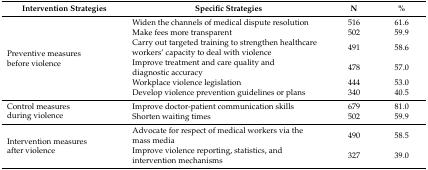
<table><thead><tr><td><b>Intervention Strategies</b></td><td><b>Specific Strategies</b></td><td><b>N</b></td><td><b>%</b></td></tr></thead><tbody><tr><td rowspan="6">Preventive measures before violence</td><td>Widen the channels of medical dispute resolution</td><td>516</td><td>61.6</td></tr><tr><td>Make fees more transparent</td><td>502</td><td>59.9</td></tr><tr><td>Carry out targeted training to strengthen healthcare workers’ capacity to deal with violence</td><td>491</td><td>58.6</td></tr><tr><td>Improve treatment and care quality and diagnostic accuracy</td><td>478</td><td>57.0</td></tr><tr><td>Workplace violence legislation</td><td>444</td><td>53.0</td></tr><tr><td>Develop violence prevention guidelines or plans</td><td>340</td><td>40.5</td></tr><tr><td rowspan="2">Control measures during violence</td><td>Improve doctor-patient communication skills</td><td>679</td><td>81.0</td></tr><tr><td>Shorten waiting times</td><td>502</td><td>59.9</td></tr><tr><td rowspan="2">Intervention measures after violence</td><td>Advocate for respect of medical workers via the mass media</td><td>490</td><td>58.5</td></tr><tr><td>Improve violence reporting, statistics, and intervention mechanisms</td><td>327</td><td>39.0</td></tr></tbody></table>